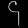
Digit: ၄